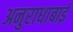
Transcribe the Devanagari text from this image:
अनुराधाबाई